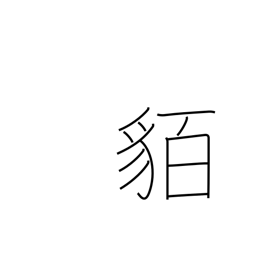
Meaning: barbarians